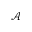
\mathcal { A }